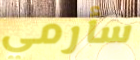
سأرمي